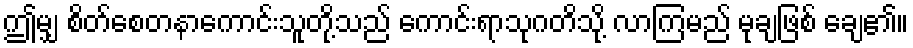
ဤမျှ စိတ်စေတနာကောင်းသူတို့သည် ကောင်းရာသုဂတိသို့ လာကြမည် မုချဖြစ် ချေ၏။